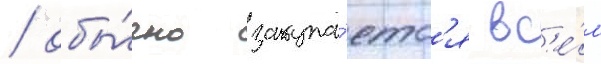
/ обы́чно закупа́етс'я вс'е́м